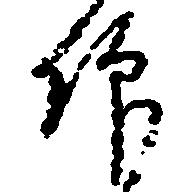
仰